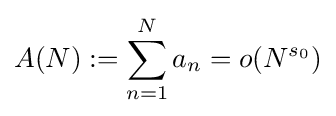
A(N):=\sum _{n=1}^{N}a_{n}=o(N^{s_{0}})